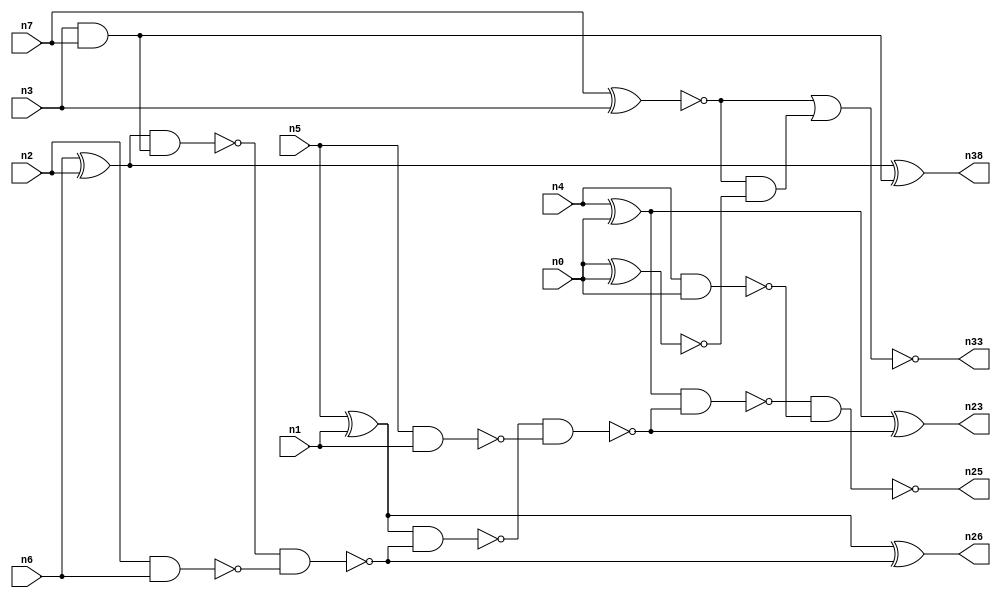
// This program was cloned from: https://github.com/umar-afzaal/ReCkt
// License: MIT License

// This file contains a pareto-optimal circuit with respect to pdp and the fault-resilince parameter p_fault which is defined as:
// "For all input vectors, the ratio of the no. of faults observable at the POs to the no. of total possible faults in the circuit".
// This code is part of the ReCkt library (https://github.com/umar-afzaal/ReCkt) distributed under The MIT License.
// When used, please cite the following article(s):
// U. Afzaal, A.S. Hassan, M. Usman and J.A. Lee, "On the Evolutionary Synthesis of Increased Fault-resilience Arithmetic Circuits".

// p_fault = 87.7 %    (Lower is better)
// gates = 23.0
// levels = 7
// area = 31.3    (For MCNC library relative to nand2)
// power = 115.2 uW    (Berkely-SIS for MCNC library @ Vdd=5V and 20 MHz clock)
// delay = 7.9 ns    (Berkely-ABC for MCNC library)
// PDP = 9.1008e-13 J

// Pin mapping:
// {n0, n1, n2, n3} = A[3:0]
// {n4, n5, n6, n7} = B[3:0]
// {n25, n23, n26, n38, n33} = O[4:0]

module addr4u_pdp_5 (
n0, n1, n2, n3, n4, n5, n6, n7, 
n25, n23, n26, n38, n33
);

input n0, n1, n2, n3, n4, n5, n6, n7;
output n25, n23, n26, n38, n33;
wire n15, n16, n8, n10, n13, n12, n31, n19, n18, n21, n24, n27, n20, n9, n11, n14, n17, n22;

and (n8, n3, n7);
xor (n9, n6, n2);
xor (n10, n5, n1);
nand (n11, n5, n1);
nand (n12, n4, n0);
nand (n13, n2, n6);
xnor (n14, n7, n3);
xor (n15, n4, n0);
xor (n16, n9, n8);
nand (n17, n9, n8);
and (n18, n14, n14);
nand (n19, n17, n13);
nand (n20, n10, n19);
xnor (n21, n10, n19);
nand (n22, n20, n11);
xor (n23, n15, n22);
nand (n24, n15, n22);
nand (n25, n24, n12);
nand (n26, n21, n21);
xnor (n27, n0, n0);
and (n31, n14, n27);
nor (n33, n18, n31);
and (n38, n16, n16);

endmodule